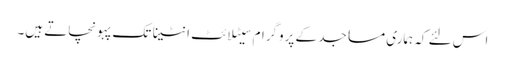
اس لئے کہ ہماری مساجد کے پروگرام سیٹلائٹ انٹینا تک پہونچاتے ہیں۔